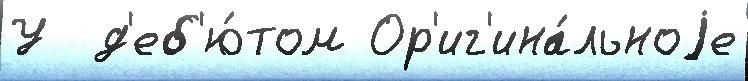
У  д'еб'ю́том Ор'иг'ина́льноjе